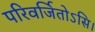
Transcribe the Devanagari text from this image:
परिवर्जितोऽसि।